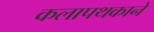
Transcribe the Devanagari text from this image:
कलापथकाने